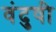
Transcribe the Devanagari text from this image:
वंदुषी